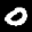
Digit: 0